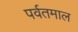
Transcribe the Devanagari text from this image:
पर्वतमाल